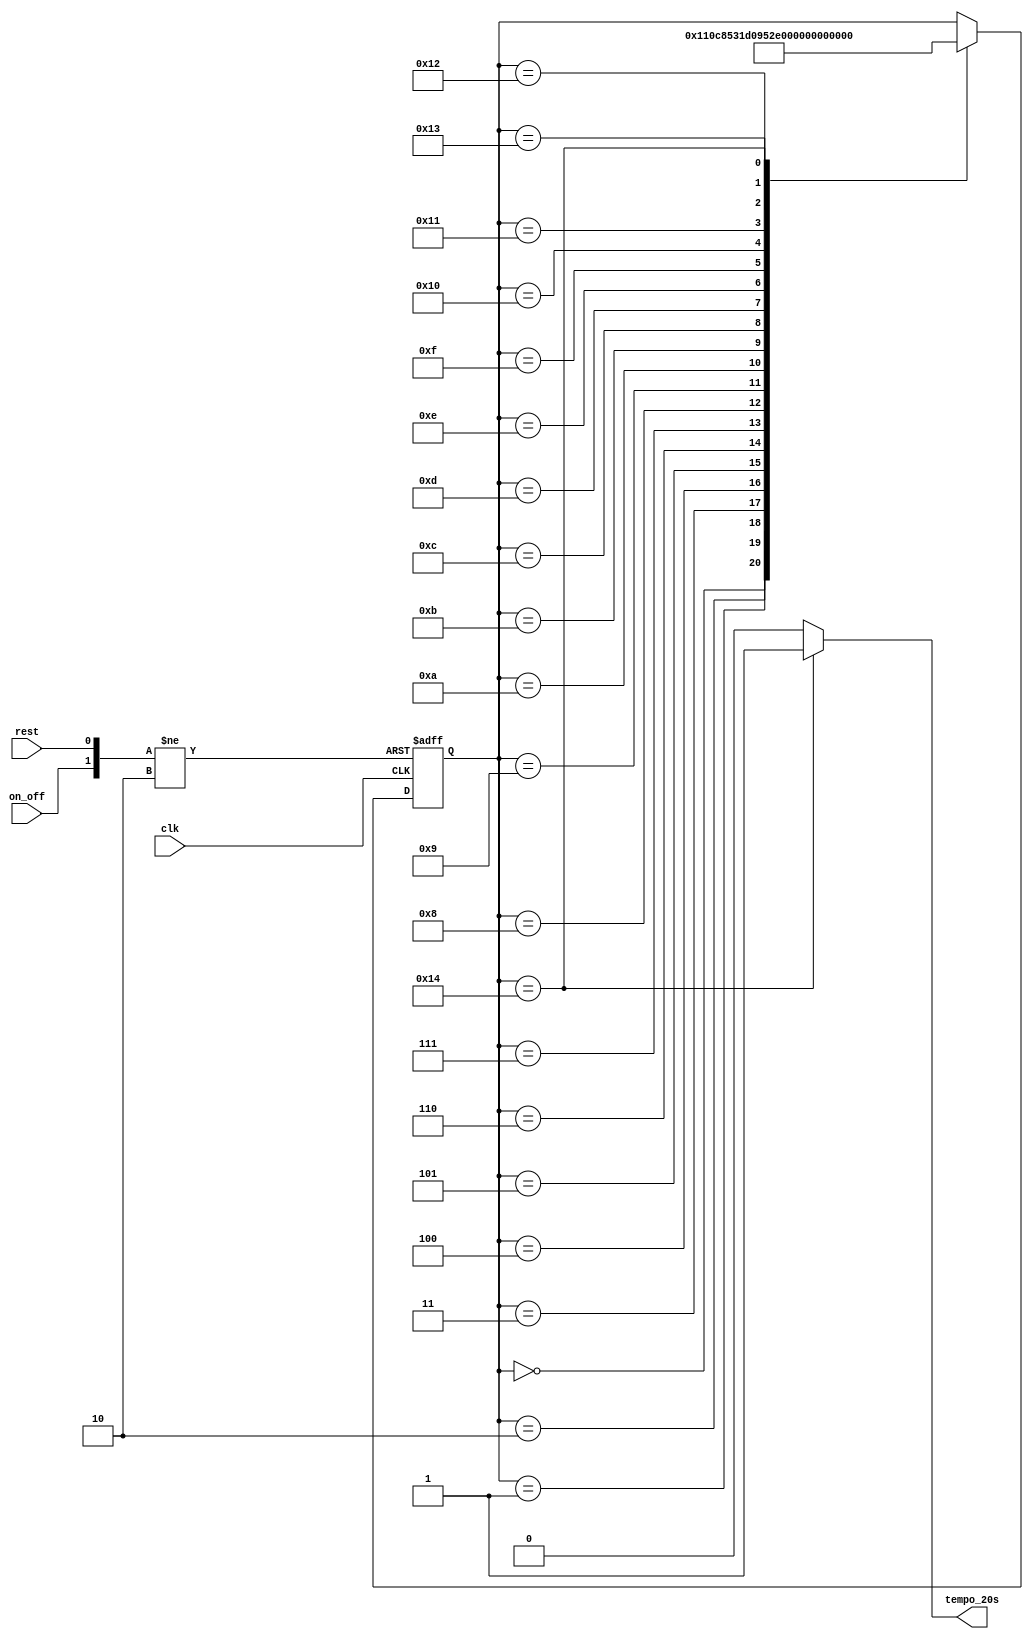
module temporizador(
    input clk,
    input on_off,
    input rest,
    output reg tempo_20s);

/*CONTADOR DE MODULO 20*/
reg [4:0]tempo;

/*ESTADOS*/
parameter a0 = 5'b00000, 
          a1 = 5'b00001,
          a2 = 5'b00010,
          a3 = 5'b00011,
          a4 = 5'b00100,
          a5 = 5'b00101,
          a6 = 5'b00110,
          a7 = 5'b00111,
          a8 = 5'b01000,
          a9 = 5'b01001,
          a10 = 5'b01010,
          a11 = 5'b01011,
          a12 = 5'b01100,
          a13 = 5'b01101,
          a14 = 5'b01110,
          a15 = 5'b01111,
          a16 = 5'b10000,
          a17 = 5'b10001,
          a18 = 5'b10010,
          a19 = 5'b10011,
          a20 = 5'b10100;
          
          
    initial tempo <= a0;
          
/*TRANSIO DE ESTADOS*/
    always @(posedge rest, posedge clk, negedge on_off) begin
        
        if (rest) tempo <= a0; // REINICIAR CONTAGEM;
        else if (!on_off) tempo <= a0; 
        else begin
            case (tempo)
                a0 : tempo <= a1;
                a1 : tempo <= a2;
                a2 : tempo <= a3;
                a3 : tempo <= a4;
                a4 : tempo <= a5;
                a5 : tempo <= a6;
                a6 : tempo <= a7;
                a7 : tempo <= a8;
                a8 : tempo <= a9;
                a9 : tempo <= a10;
                a10: tempo <= a11;
                a11: tempo <= a12;
                a12: tempo <= a13;
                a13: tempo <= a14;
                a14: tempo <= a15;
                a15: tempo <= a16;
                a16: tempo <= a17;
                a17: tempo <= a18;
                a18: tempo <= a19;
                a19: tempo <= a20;
                a20: tempo <= a0;
            endcase
        end
    end

// ALERTA FIM DOS 20 SEGUNDOS;
    always @(tempo)begin
		case (tempo)
			a20: tempo_20s <= 1;
			default tempo_20s <= 0;
		endcase
	end


endmodule